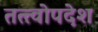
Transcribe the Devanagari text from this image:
तत्त्वोपदेश